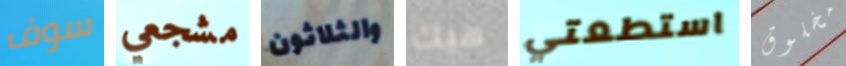
سوف مشجعي والثلاثون هيك استطعتي مخلوق